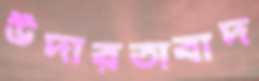
উদারতাবাদ